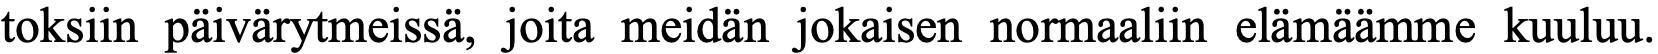
toksiin päivärytmeissä, joita meidän jokaisen normaaliin elämäämme kuuluu.